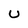
Character: U